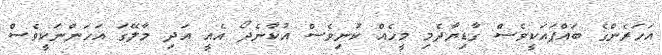
އަހަރެންގެ ބައްޕައަކީވެސް ގާޑިޔާދެމި މީހެއް ކުނިވެސް އުކާނެދޯ އެއީ އަދި މާލޭގަ އަހަންނަކީވެސް